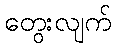
တွေးလျက်